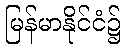
မြန်မာနိုင်ငံ၌